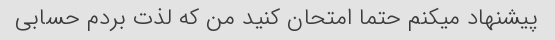
پیشنهاد میکنم حتما امتحان کنید من که لذت بردم حسابی